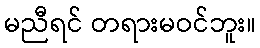
မညီရင် တရားမဝင်ဘူး။